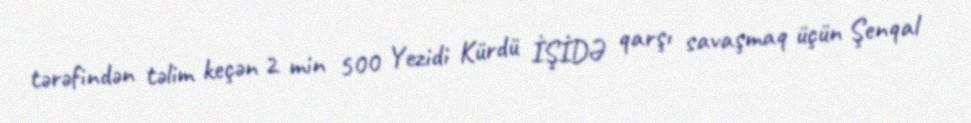
tərəfindən təlim keçən 2 min 500 Yezidi Kürdü İŞİDƏ qarşı savaşmaq üçün Şenqal